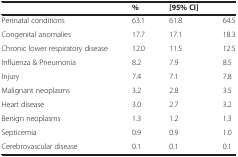
|  | % | [95% CI] |  |
 | --- | --- | --- | --- |
 | Perinatal conditions | 63.1 | 61.8 | 64.5 |
 | Congenital anomalies | 17.7 | 17.1 | 18.3 |
 | Chronic lower respiratory disease | 12.0 | 11.5 | 12.5 |
 | Influenza & Pneumonia | 8.2 | 7.9 | 8.5 |
 | Injury | 7.4 | 7.1 | 7.8 |
 | Malignant neoplasms | 3.2 | 2.8 | 3.5 |
 | Heart disease | 3.0 | 2.7 | 3.2 |
 | Benign neoplasms | 1.3 | 1.2 | 1.3 |
 | Septicemia | 0.9 | 0.9 | 1.0 |
 | Cerebrovascular disease | 0.1 | 0.1 | 0.1 |